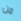
من